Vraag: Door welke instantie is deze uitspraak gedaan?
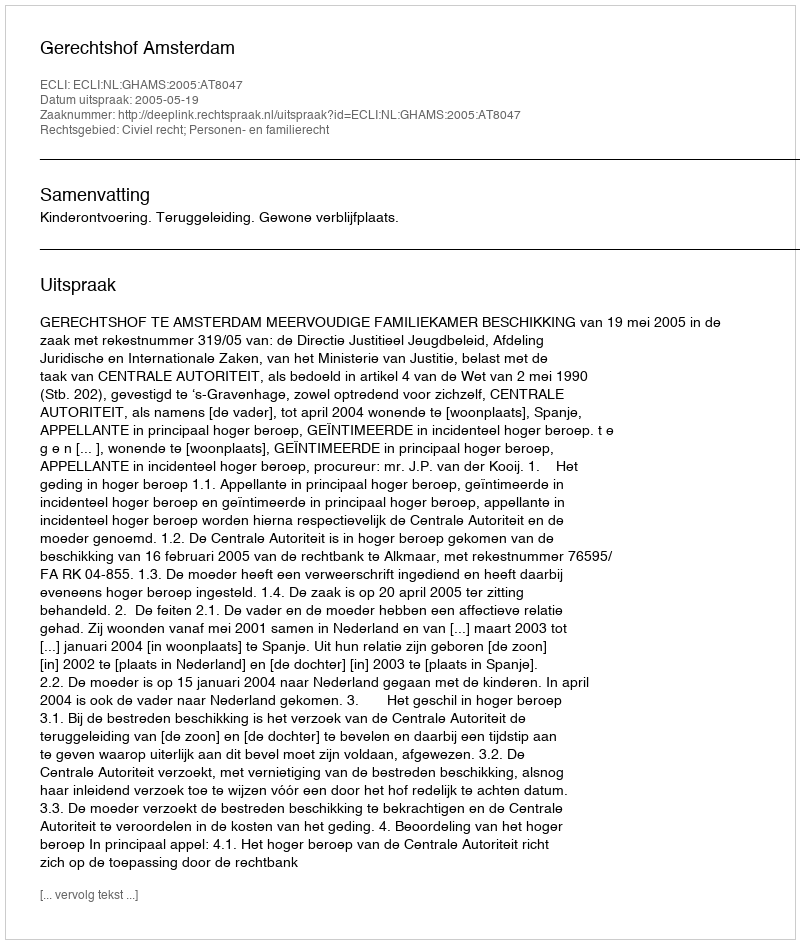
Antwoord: Gerechtshof Amsterdam